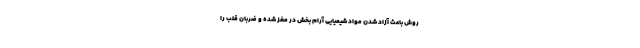
روش باعث آزاد شدن مواد شیمیایی آرام بخش در مغز شده و ضربان قلب را